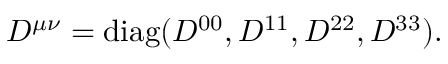
D ^ { \mu \nu } = \mathrm { d i a g } ( D ^ { 0 0 } , D ^ { 1 1 } , D ^ { 2 2 } , D ^ { 3 3 } ) .